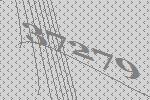
37279